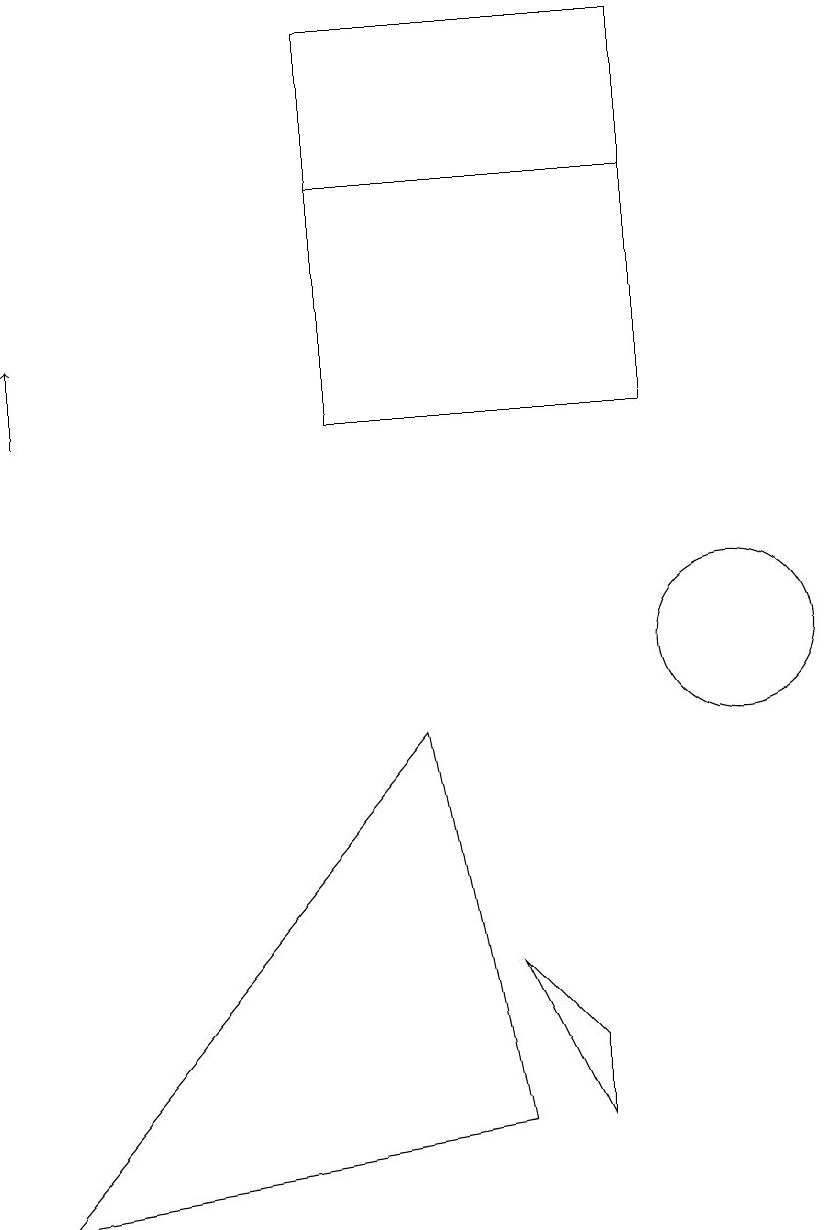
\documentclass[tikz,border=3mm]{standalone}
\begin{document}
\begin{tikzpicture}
\draw (7,6) -- (8,5) -- (8,4) -- cycle;
\draw (5,16) rectangle (9,18);
\draw (10,10) circle (1);
\draw (6,9) -- (7,4) -- (1,3) -- cycle;
\draw (9,16) rectangle (5,13);
\draw[->] (1,13) -- (1,14);
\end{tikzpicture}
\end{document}